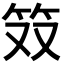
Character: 𫁷